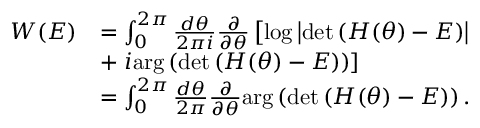
\begin{array} { r l } { W ( E ) } & { = \int _ { 0 } ^ { 2 \pi } \frac { d \theta } { 2 \pi i } \frac { \partial } { \partial \theta } \left[ \log \left| \operatorname* { d e t } \left( H ( \theta ) - E \right) \right| \right. } \\ & { + \left. i \mathrm { a r g } \left( \operatorname* { d e t } \left( H ( \theta ) - E \right) \right) \right] } \\ & { = \int _ { 0 } ^ { 2 \pi } \frac { d \theta } { 2 \pi } \frac { \partial } { \partial \theta } \mathrm { a r g } \left( \operatorname* { d e t } \left( H ( \theta ) - E \right) \right) . } \end{array}